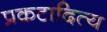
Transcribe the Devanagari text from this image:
प्रकटादित्य